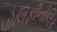
પોલિફીનોલિક